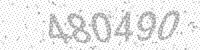
Solution: 480490